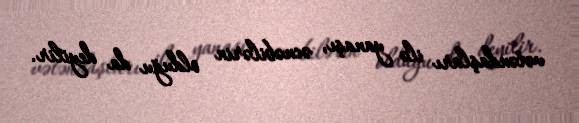
vətəndaşları ilə yanaşı, əcnəbilərin olduğu da deyilir.